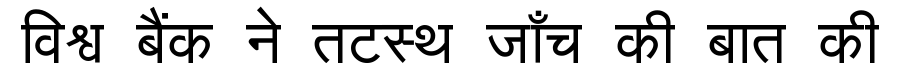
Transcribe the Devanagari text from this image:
विश्व बैंक ने तटस्थ जाँच की बात की